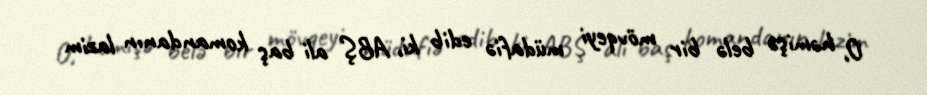
O, həmişə belə bir mövqeyi müdafiə edib ki, ABŞ ali baş komandanın lazim